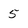
Character: 5